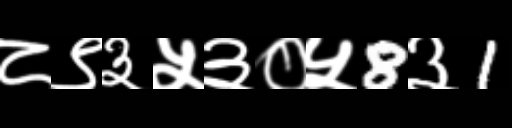
Text: ८९३५३०५8३1